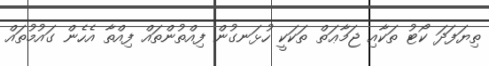
ތިޔަފަދަ ކޯޓު ތަކާއި ޖަމާޢަތް ތަކަކީ ހުޅަނގުން ފިއްތުންތައް ފިއްތާ އެހެން ގައުމުތައް